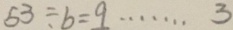
5 3 \div b = q \cdots 3